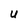
Character: u